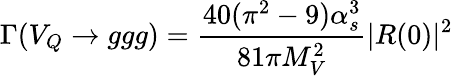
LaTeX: \Gamma(V_{Q}\rightarrow ggg)=\frac{40(\pi^{2}-9)\alpha_{s}^{3}}{81\pi M_{V}^{2}}|R(0)|^{2}